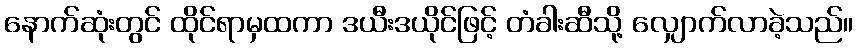
နောက်ဆုံးတွင် ထိုင်ရာမှထကာ ဒယီးဒယိုင်ဖြင့် တံခါးဆီသို့ လျှောက်လာခဲ့သည်။